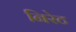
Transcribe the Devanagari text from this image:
निरेट